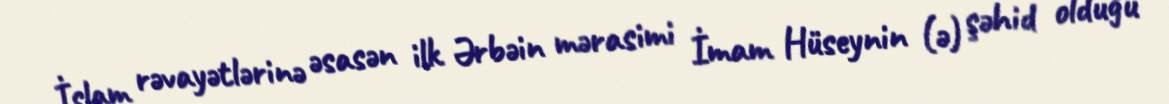
İslam rəvayətlərinə əsasən ilk Ərbəin mərasimi İmam Hüseynin (ə) şəhid olduğu